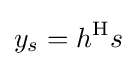
y_{s}=h^{\mathrm {H} }s